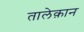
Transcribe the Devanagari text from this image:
तालेक़ान